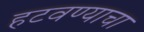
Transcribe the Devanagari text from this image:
हटवण्याचा